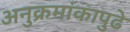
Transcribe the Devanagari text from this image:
अनुक्रमांकापुढे